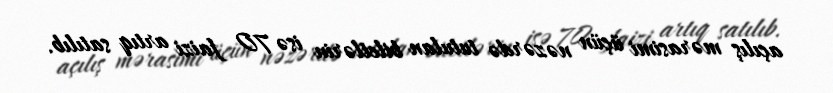
açılış mərasimi üçün nəzərdə tutulan biletlərin isə 70 faizi artıq satılıb.